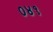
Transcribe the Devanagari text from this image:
०४१